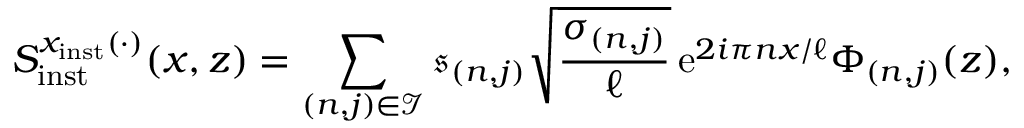
S _ { \mathrm { i n s t } } ^ { x _ { \mathrm { i n s t } } ( \cdot ) } ( x , z ) = \sum _ { ( n , j ) \in \mathcal { I } } \mathfrak { s } _ { ( n , j ) } \sqrt { \frac { \sigma _ { ( n , j ) } } { \ell } } \, \mathrm { e } ^ { 2 i \pi n x / \ell } \Phi _ { ( n , j ) } ( z ) ,